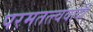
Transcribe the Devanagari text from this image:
परमतत्त्ववादी